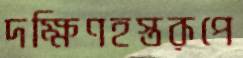
দক্ষিণহস্তরূপে